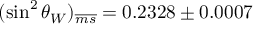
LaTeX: ( \sin ^ { 2 } \theta _ { W } ) _ { \overline { { { m s } } } } = 0 . 2 3 2 8 \pm 0 . 0 0 0 7